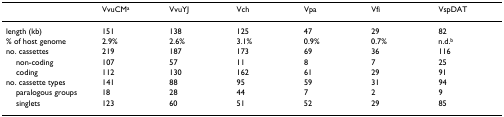
<table><thead><tr><td></td><td><b>VvuCM<sup>a</sup></b></td><td><b>VvuYJ</b></td><td><b>Vch</b></td><td><b>Vpa</b></td><td><b>Vfi</b></td><td><b>VspDAT</b></td></tr></thead><tbody><tr><td>length (kb)</td><td>151</td><td>138</td><td>125</td><td>47</td><td>29</td><td>82</td></tr><tr><td>% of host genome</td><td>2.9%</td><td>2.6%</td><td>3.1%</td><td>0.9%</td><td>0.7%</td><td>n.d.<sup>b</sup></td></tr><tr><td>no. cassettes</td><td>219</td><td>187</td><td>173</td><td>69</td><td>36</td><td>116</td></tr><tr><td> non-coding</td><td>107</td><td>57</td><td>11</td><td>8</td><td>7</td><td>25</td></tr><tr><td> coding</td><td>112</td><td>130</td><td>162</td><td>61</td><td>29</td><td>91</td></tr><tr><td>no. cassette types</td><td>141</td><td>88</td><td>95</td><td>59</td><td>31</td><td>94</td></tr><tr><td> paralogous groups</td><td>18</td><td>28</td><td>44</td><td>7</td><td>2</td><td>9</td></tr><tr><td> singlets</td><td>123</td><td>60</td><td>51</td><td>52</td><td>29</td><td>85</td></tr></tbody></table>